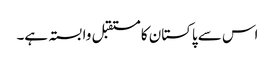
اس سے پاکستان کا مستقبل وابستہ ہے۔